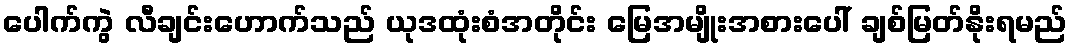
ပေါက်ကွဲ လီချင်းဟောက်သည် ယုဒထုံးစံအတိုင်း မြေအမျိုးအစားပေါ် ချစ်မြတ်နိုးရမည်